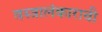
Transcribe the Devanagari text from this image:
वस्त्रालंकाराची